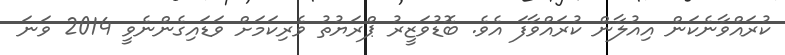
ކުރައްވާނެކަން އިއުލާން ކުރައްވާފަ އެވެ. ބޮޑުވަޒީރު ޕްރަޔުތު ވެރިކަމަށް ވަޑައިގެންނެވީ 2014 ވަނަ